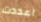
اعددت